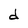
Character: d